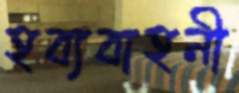
হব্যবাহনী